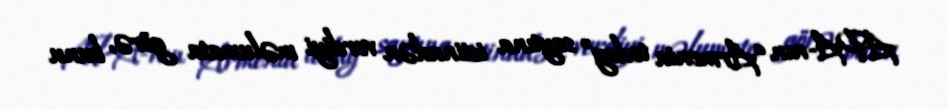
APA-nın “Armenia today” saytına istinadən verdiyi məlumata görə, bunu